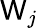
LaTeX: \mathsf{W}_{j}